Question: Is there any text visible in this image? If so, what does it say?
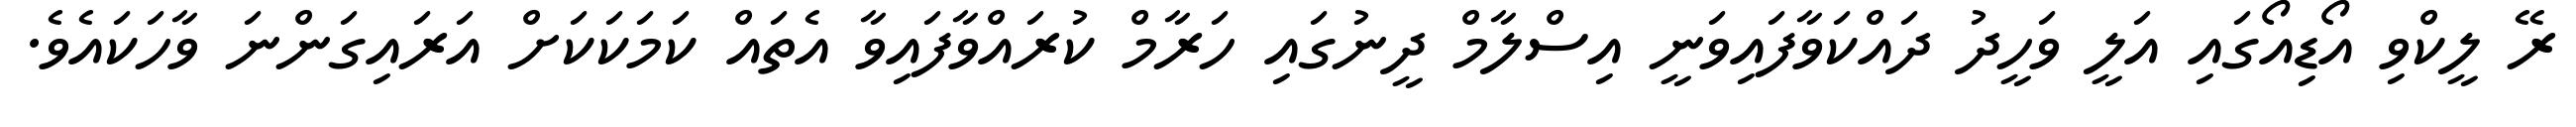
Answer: ރޭ ލީކްވި އޯޑިއޯގައި އަލީ ވަހީދު ދައްކަވާފައިވަނީ އިސްލާމް ދީނުގައި ހަރާމް ކުރައްވާފައިވާ އެތައް ކަމަކަކަށް އަރައިގަންނަ ވާހަކައެވެ.